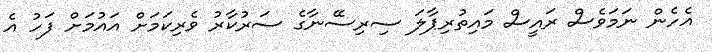
އެހެން ނަމަވެސް ރައީސް މައިތުރިޕާލަ ސިރިސޭނާގެ ސަރުކާރު ވެރިކަމަށް އައުމަށް ފަހު އެ